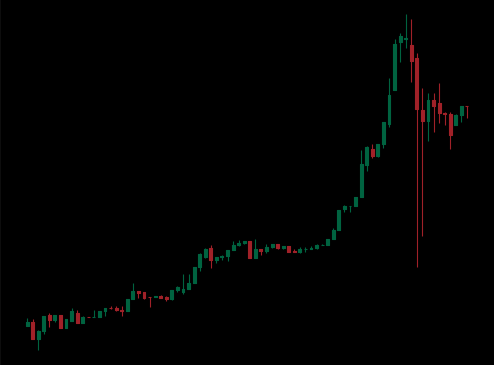
Pattern: unclassified